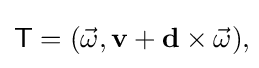
{\mathsf {T}}=({\vec {\omega }},\mathbf {v} +\mathbf {d} \times {\vec {\omega }}),\!